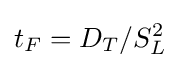
t_{F}=D_{T}/S_{L}^{2}